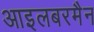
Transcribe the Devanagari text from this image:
आइलबरमैन